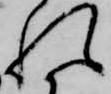
れ